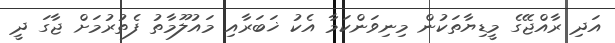
އަދި ރާއްޖޭގެ މީޑިޔާތަކުން މިނިވަންކަމާ އެކު ޚަބަރާއި މައުލޫމާތު ފެތުރުމަށް ޖާގަ ދީ